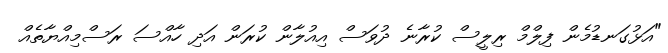
"އަޅުގަނޑުމެން ފިލްމް ރިލީސް ކުރާނެ ދުވަސް އިއުލާން ކުރަން އަދި ހާއްސަ ރަސްމިއްޔާތެއް